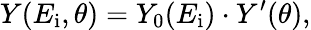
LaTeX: Y(E_{\mathrm{i}},\theta)=Y_{0}(E_{\mathrm{i}})\cdot Y^{\prime}(\theta),